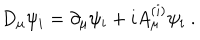
D _ { \mu } \psi _ { i } = \partial _ { \mu } \psi _ { i } + i A _ { \mu } ^ { ( i ) } \psi _ { i } \ .